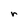
Character: r